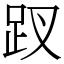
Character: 䟕